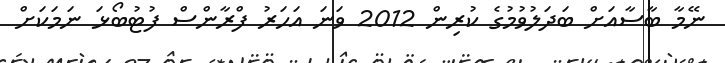
ނޭމާ ބާސާއަށް ބަދަލުވުމުގެ ކުރިން 2012 ވަނަ އަހަރު ފްރާންސް ފުޓުބޯޅަ ނަމަކަށް